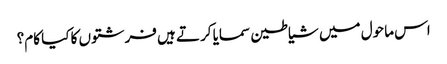
اس ماحول میں شیاطین سمایا کرتے ہیں فرشتوں کا کیا کام؟